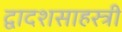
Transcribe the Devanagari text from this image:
द्वादशसाहस्त्री